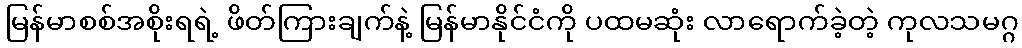
မြန်မာစစ်အစိုးရရဲ့ ဖိတ်ကြားချက်နဲ့ မြန်မာနိုင်ငံကို ပထမဆုံး လာရောက်ခဲ့တဲ့ ကုလသမဂ္ဂ